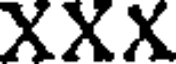
XXX